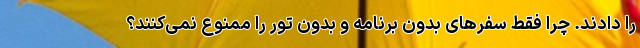
را دادند. چرا فقط سفرهای بدون برنامه و بدون تور را ممنوع نمی‌کنند؟